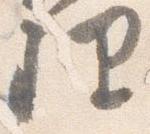
理